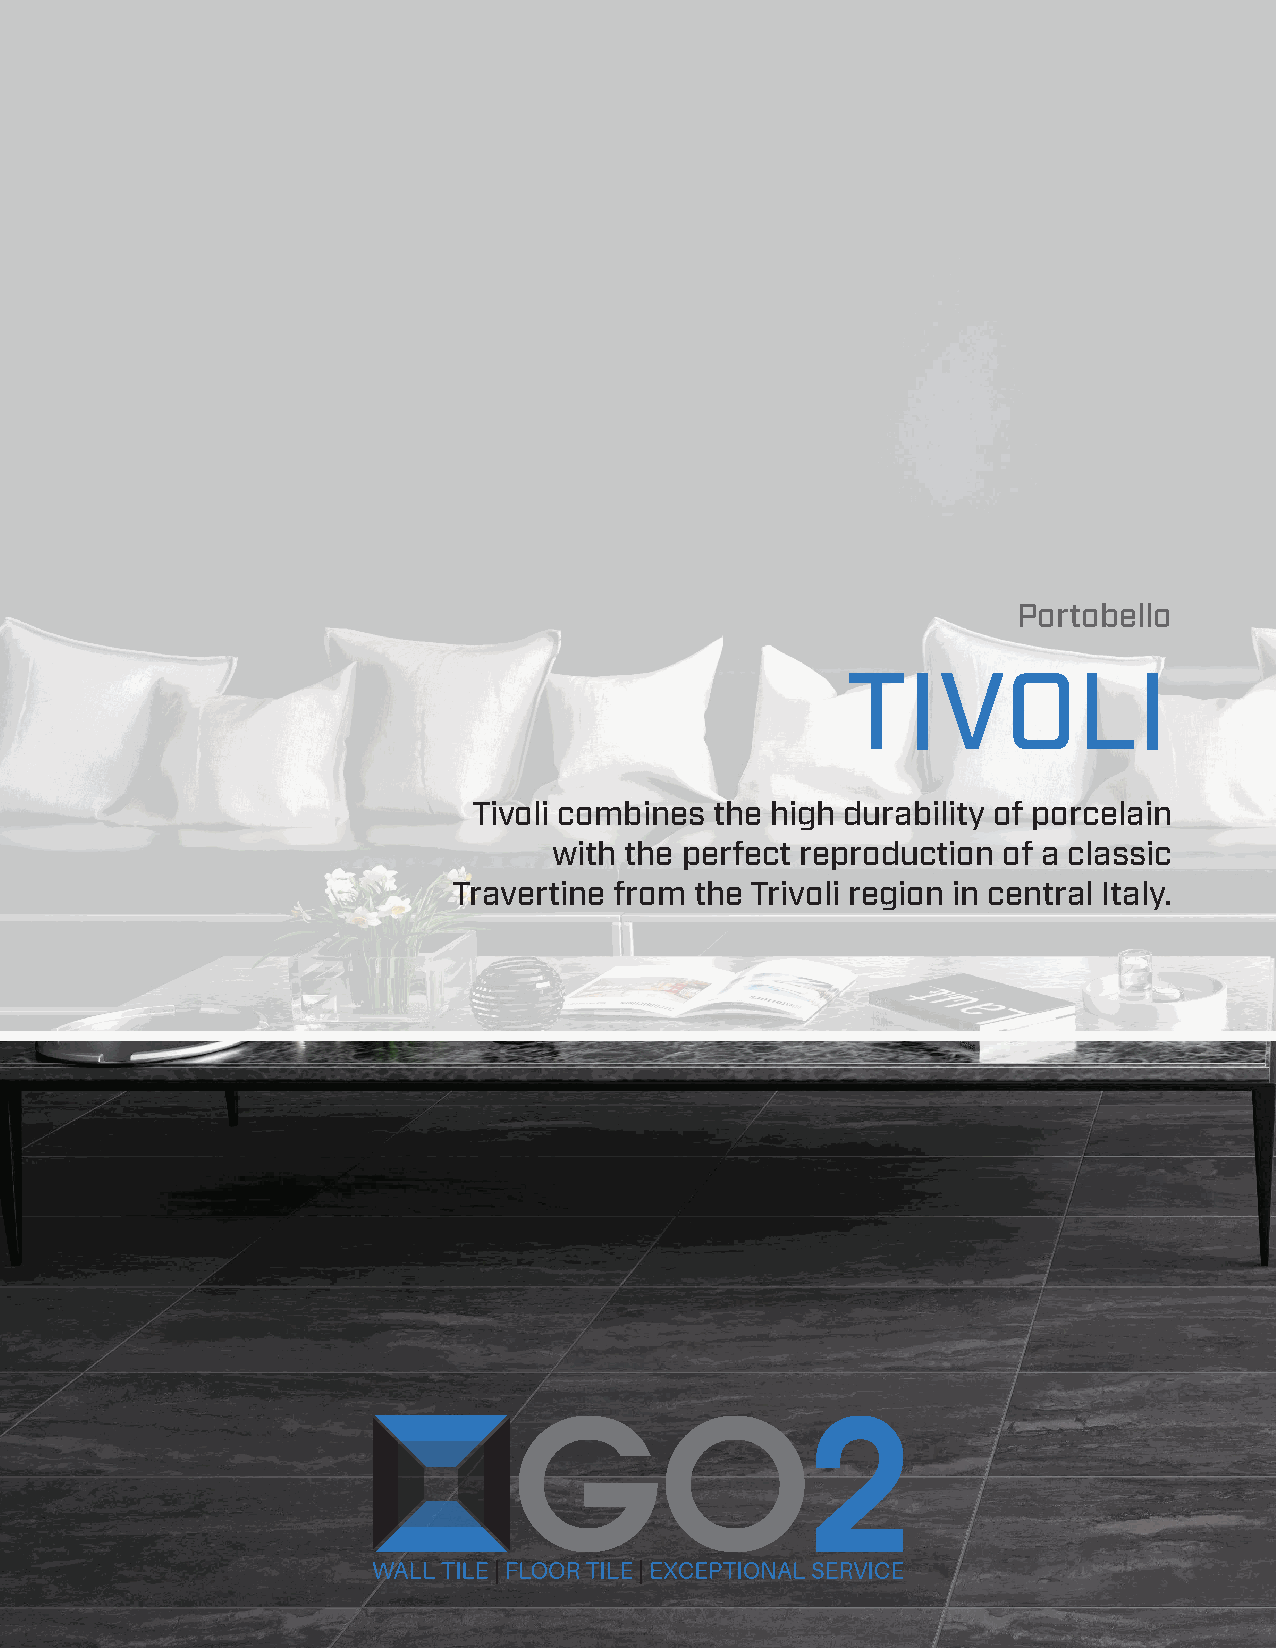
Portobello
 TIVOLI
 Tivoli combines the high durability of porcelain
 with the perfect reproduction of a classic
 Travertine from the Trivoli region in central Italy.